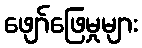
ဖျော်ဖြေမှုများ